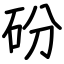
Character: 砏